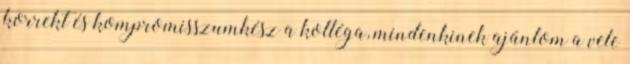
korrekt és kompromisszumkész a kolléga, mindenkinek ajánlom a vele